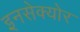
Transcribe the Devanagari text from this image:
इनसेक्योर